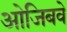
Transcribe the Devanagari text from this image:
ओजिबवे